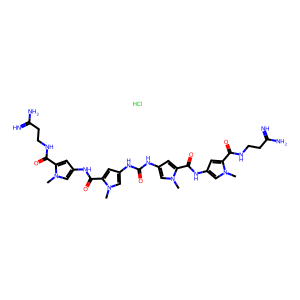
SMILES: Cl.Cn1cc(NC(=O)c2cc(NC(=O)Nc3cc(C(=O)Nc4cc(C(=O)NCCC(=N)N)n(C)c4)n(C)c3)cn2C)cc1C(=O)NCCC(=N)N
Inhibits HIV replication: Yes